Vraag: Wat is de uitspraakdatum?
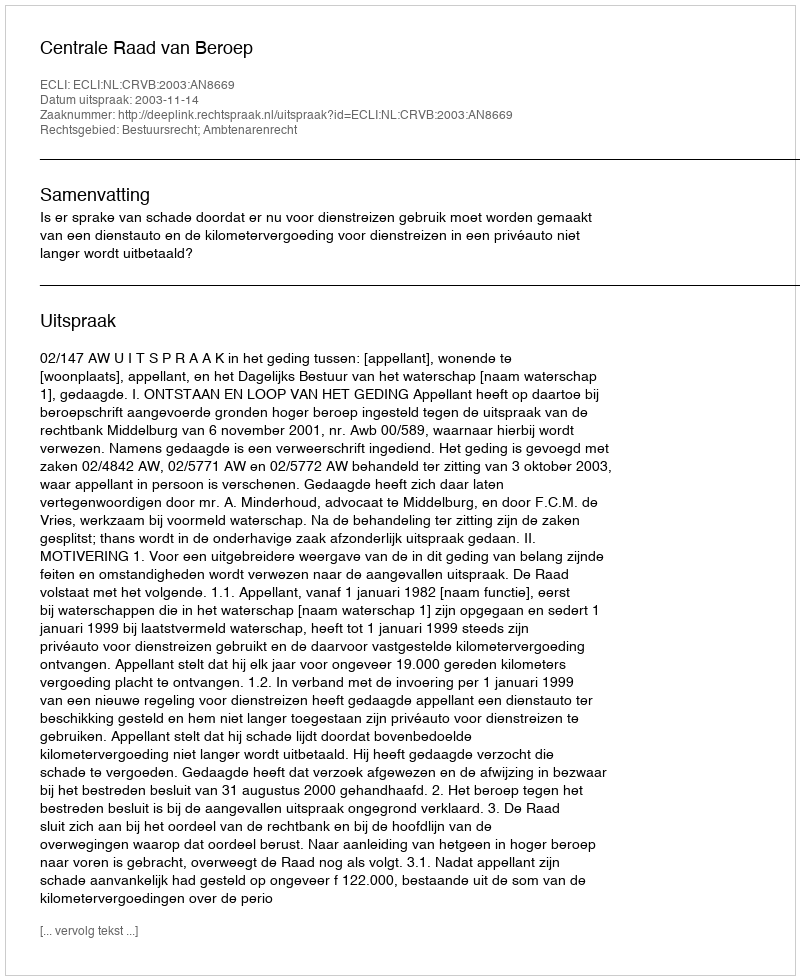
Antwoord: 2003-11-14